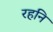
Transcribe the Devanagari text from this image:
रहनि